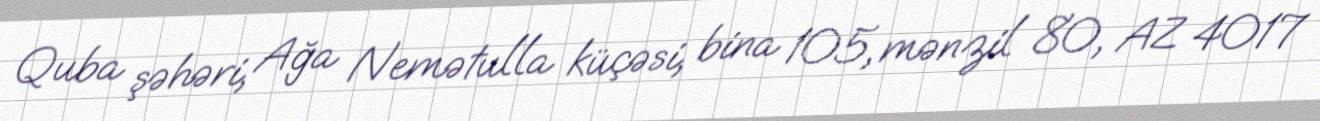
Quba şəhəri, Ağa Nemətulla küçəsi, bina 105, mənzil 80, AZ 4017